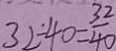
3 2 \dot { - } 4 0 = \frac { 3 2 } { 4 0 }